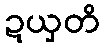
ဍယှတိ